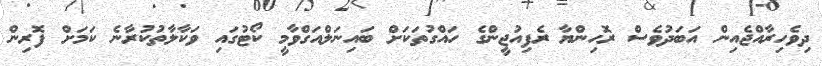
ދިވެހިރާއްޖެއިން އަބަދުވެސް ރޮހިންޔާ ރެފިއުޖީންގެ ހައްގުތަކަށް ބައިނަލްއަގްވާމީ ކޯޓުގައި ވަކާލާތުކުރާނެ ކަމަށް ފޮރިން